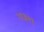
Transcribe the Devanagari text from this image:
२१३२१